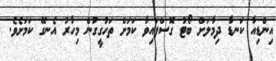
އިންޑިއާ ކަނޑާ ދިމާލަށް ބޯޓު ގޮސްފައިވާ ކަމަށް ތަހުގީގުން މިހާރު އެނގޭ ކަމަށެވެ.